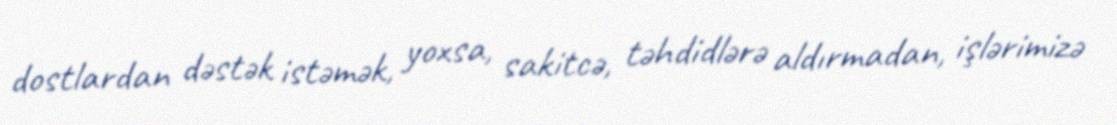
dostlardan dəstək istəmək, yoxsa, sakitcə, təhdidlərə aldırmadan, işlərimizə